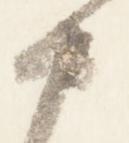
中